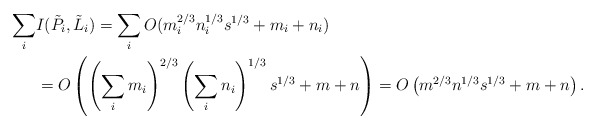
\begin{align*}\sum_i & I(\tilde{P}_i,\tilde{L}_i) = \sum_i O(m_i^{2/3}n_i^{1/3}s^{1/3} + m_i + n_i) \\& = O\left( \left( \sum_i m_i \right)^{2/3} \left( \sum_i n_i \right)^{1/3}s^{1/3} + m + n\right)= O\left( m^{2/3}n^{1/3}s^{1/3} + m + n\right) .\end{align*}